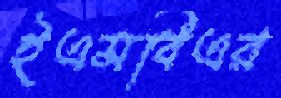
ইএমবিএর